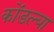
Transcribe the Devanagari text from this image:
कोंडल्या